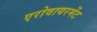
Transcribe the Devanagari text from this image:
एरोवायरमेंट